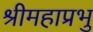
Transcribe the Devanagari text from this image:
श्रीमहाप्रभु